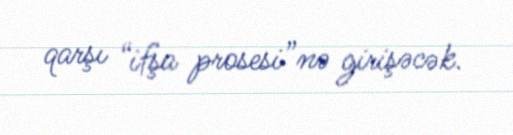
qarşı “ifşa prosesi”nə girişəcək.